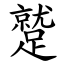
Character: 蹵